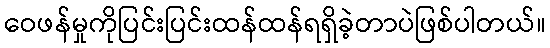
ဝေဖန်မှုကိုပြင်းပြင်းထန်ထန်ရရှိခဲ့တာပဲဖြစ်ပါတယ်။